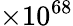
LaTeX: \times 10^{68}